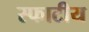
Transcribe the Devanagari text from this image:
स्फाटीय